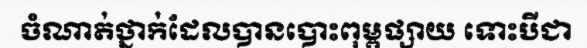
ចំណាត់ថ្នាក់ដែលបានបោះពុម្ពផ្សាយ ទោះបីជា